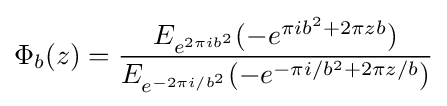
\Phi _{b}(z)={\frac {E_{e^{2\pi ib^{2}}}(-e^{\pi ib^{2}+2\pi zb})}{E_{e^{-2\pi i/b^{2}}}(-e^{-\pi i/b^{2}+2\pi z/b})}}